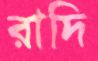
রাদি